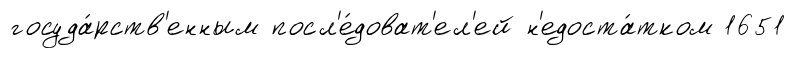
госуда́рств'енным посл'е́доват'ел'ей н'едоста́тком 1651